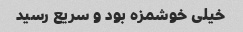
خیلی خوشمزه بود و سریع رسید